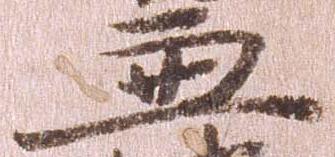
兼